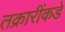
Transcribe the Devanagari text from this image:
तक्रारींकडे